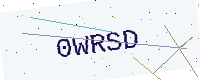
Text: 0WRSD